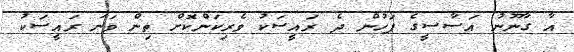
އާ ގާނޫނު އަސާސީގެ ފަހުން ދެ ރައީސަކު ވެރިކަންކޮށް ތިން ވަނަ ރައީސަކު